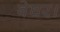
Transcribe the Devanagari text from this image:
बेघर।